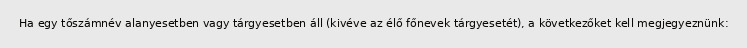
Ha egy tőszámnév alanyesetben vagy tárgyesetben áll (kivéve az élő főnevek tárgyesetét), a következőket kell megjegyeznünk: